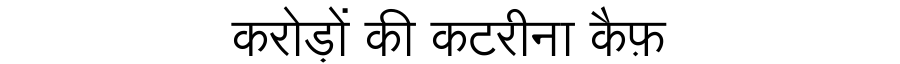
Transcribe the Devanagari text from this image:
करोड़ों की कटरीना कैफ़